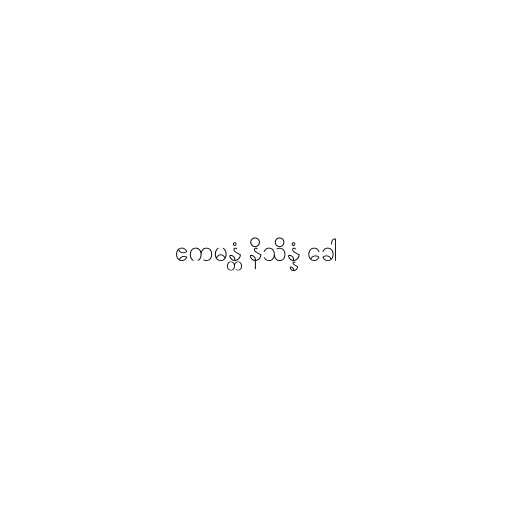
ဧကမန္တံ နိသိန္နံ ခေါ